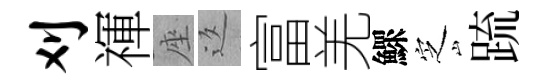
刈禈座返富羌鰥㝎䟽